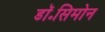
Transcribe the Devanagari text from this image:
डॉ॰सिमोन